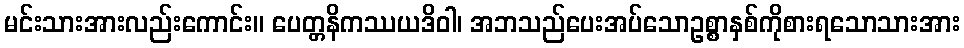
မင်းသားအားလည်းကောင်း။ ပေတ္တနိကဿယဒိဝါ၊ အဘသည်ပေးအပ်သောဥစ္စာနှစ်ကိုစားရသောသားအား